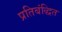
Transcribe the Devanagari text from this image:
प्रतिबंद्धित